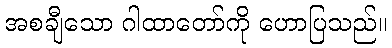
အစချီသော ဂါထာတော်ကို ဟောပြသည်။